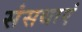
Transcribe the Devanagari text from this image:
संसथाएं